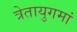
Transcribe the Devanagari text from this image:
त्रेतायुगमां